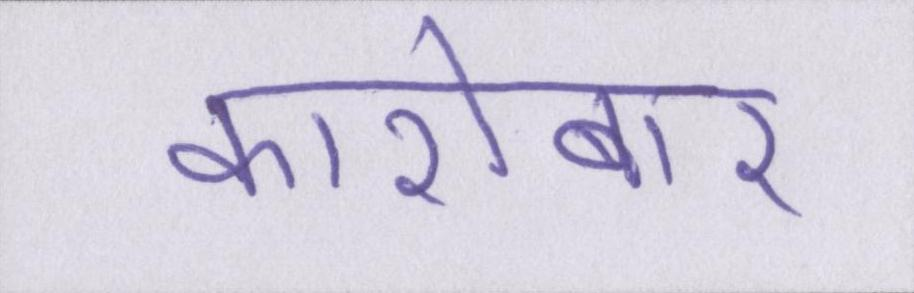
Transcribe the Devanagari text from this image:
कारोबार